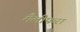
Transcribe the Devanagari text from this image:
मैलीफरा